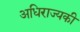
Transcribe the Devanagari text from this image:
अधिराज्यकी